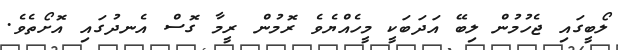
ލޯބީގައި ޖެހުމުން ލިބޭ އަދަބަކީ މީހެއްޔެވެ ރޮމުން ރީމާ ގޮސް އެނދުގައި އޮށޯތެވެ.